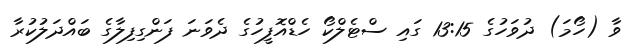
ވާ (ހޯމަ) ދުވަހުގެ 13:15 ގައި ސްޓެލްކޯ ހެޑްއޮފީހުގެ ދެވަނަ ފަންގިފިލާގެ ބައްދަލުކުރާ